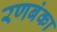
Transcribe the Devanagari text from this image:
रणबंका